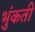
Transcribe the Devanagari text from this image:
भुंकती